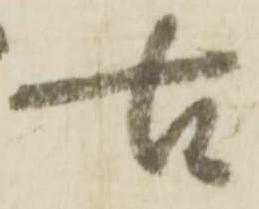
古